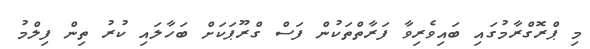
މި ޕްރޮގްރާމުގައި ބައިވެރިވާ ފަރާތްތަކުން ފަސް ގްރޫޕަކަށް ބަހާލައި ކުރު ތިން ފިލްމު